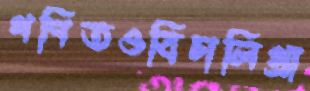
গণিতওবিচালিগ্রা